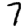
Digit: 7